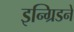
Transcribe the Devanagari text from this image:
इन्ग्रिडने